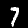
Digit: 7